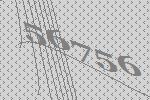
56756